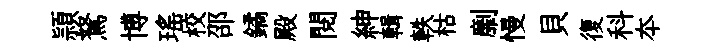
頴駑博瑶校邵鐍殿閲紳輯軼枯劘慢貝復科夲